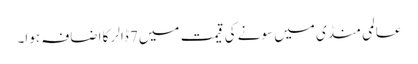
عالمی منڈی میں سونے کی قیمت میں7 ڈالر کا اضافہ ہوا۔